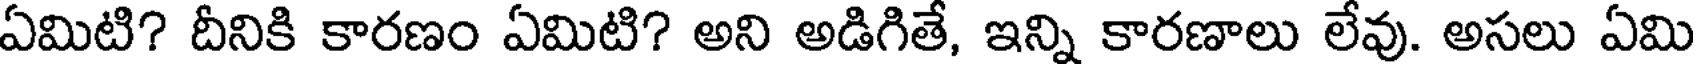
ఏమిటి? దీనికి కారణం ఏమిటి? అని అడిగితే, ఇన్ని కారణాలు లేవు. అసలు ఏమి